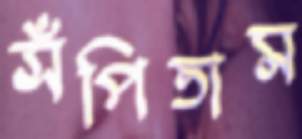
সঁপিতাম